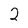
Character: 2